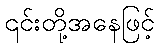
၎င်းတို့အနေဖြင့်